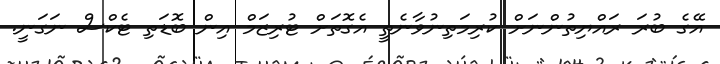
އޭގެ ބުރަ ރައްޔިތުންނަށް ކުރިމަތިނުވާނެތީ އެގޮތަށް ޓުރިޒަމް އިން ބޮޑަތި ޓެކްސް ނަގަނީ.